Source: Handwritten
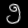
Digit: ၅ (5)